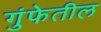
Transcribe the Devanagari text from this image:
गुंफेतील